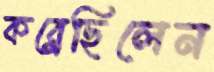
কব্‌লেছিলেন